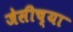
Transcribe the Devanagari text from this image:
जेसीच्या